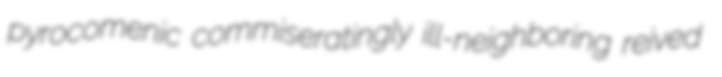
pyrocomenic commiseratingly ill-neighboring reived